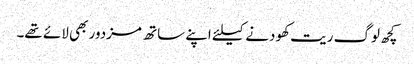
کچھ لوگ ریت کھودنے کیلئے اپنے ساتھ مزدور بھی لائے تھے۔